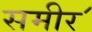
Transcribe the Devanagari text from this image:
समीर॔